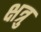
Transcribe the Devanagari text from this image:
क्षत्रु